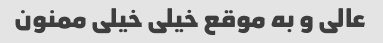
عالی و به موقع خیلی خیلی ممنون